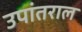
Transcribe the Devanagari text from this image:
उपांतराल